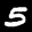
Label: 5